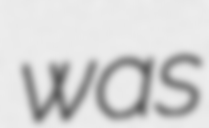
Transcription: was